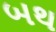
બથ